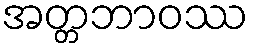
အတ္တဘာဝဿ